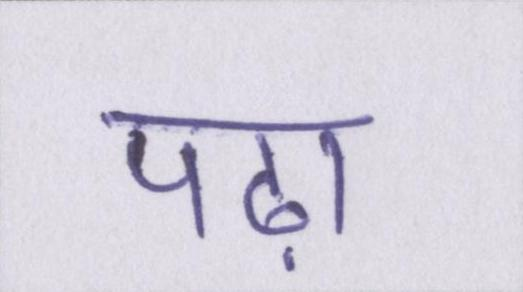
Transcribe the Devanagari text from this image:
पढ़ा